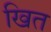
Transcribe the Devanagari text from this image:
खित